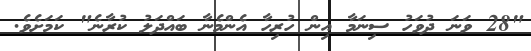
"28 ވަނަ ދުވަހު ސިނަމާ އިން ހުރިހާ އެންމެނާ ބައްދަލު ކުރާނެ" ކަމަށެވެ.